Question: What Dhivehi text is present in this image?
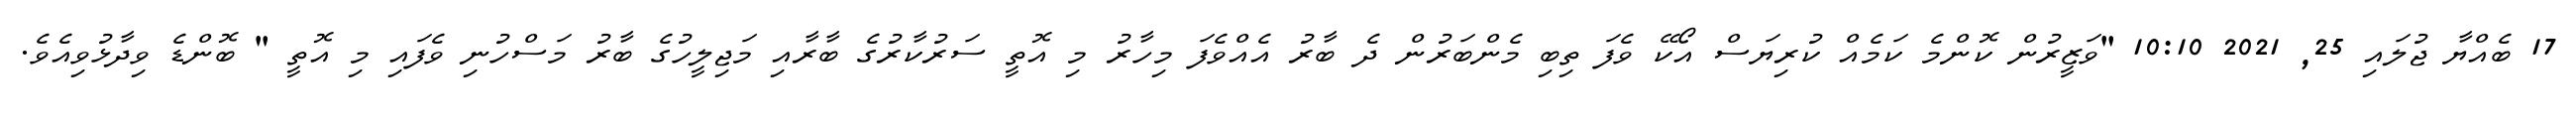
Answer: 17 ބެއްޔާ ޖުލައި 25, 2021 10:10 "ވަޒީރުން ކޮންމެ ކަމެއް ކުރިޔަސް އޯކޭ ވެފަ ތިބި މެންބަރުން ދެ ބާރު އެއްވެފަ މިހާރު މި އޮތީ ސަރުކާރުގެ ބާރާއި މަޖިލީހުގެ ބާރު މަސްހުނި ވެފައި މި އޮތީ " ބޮންޑެ ވިދާޅުވިއެވެ.